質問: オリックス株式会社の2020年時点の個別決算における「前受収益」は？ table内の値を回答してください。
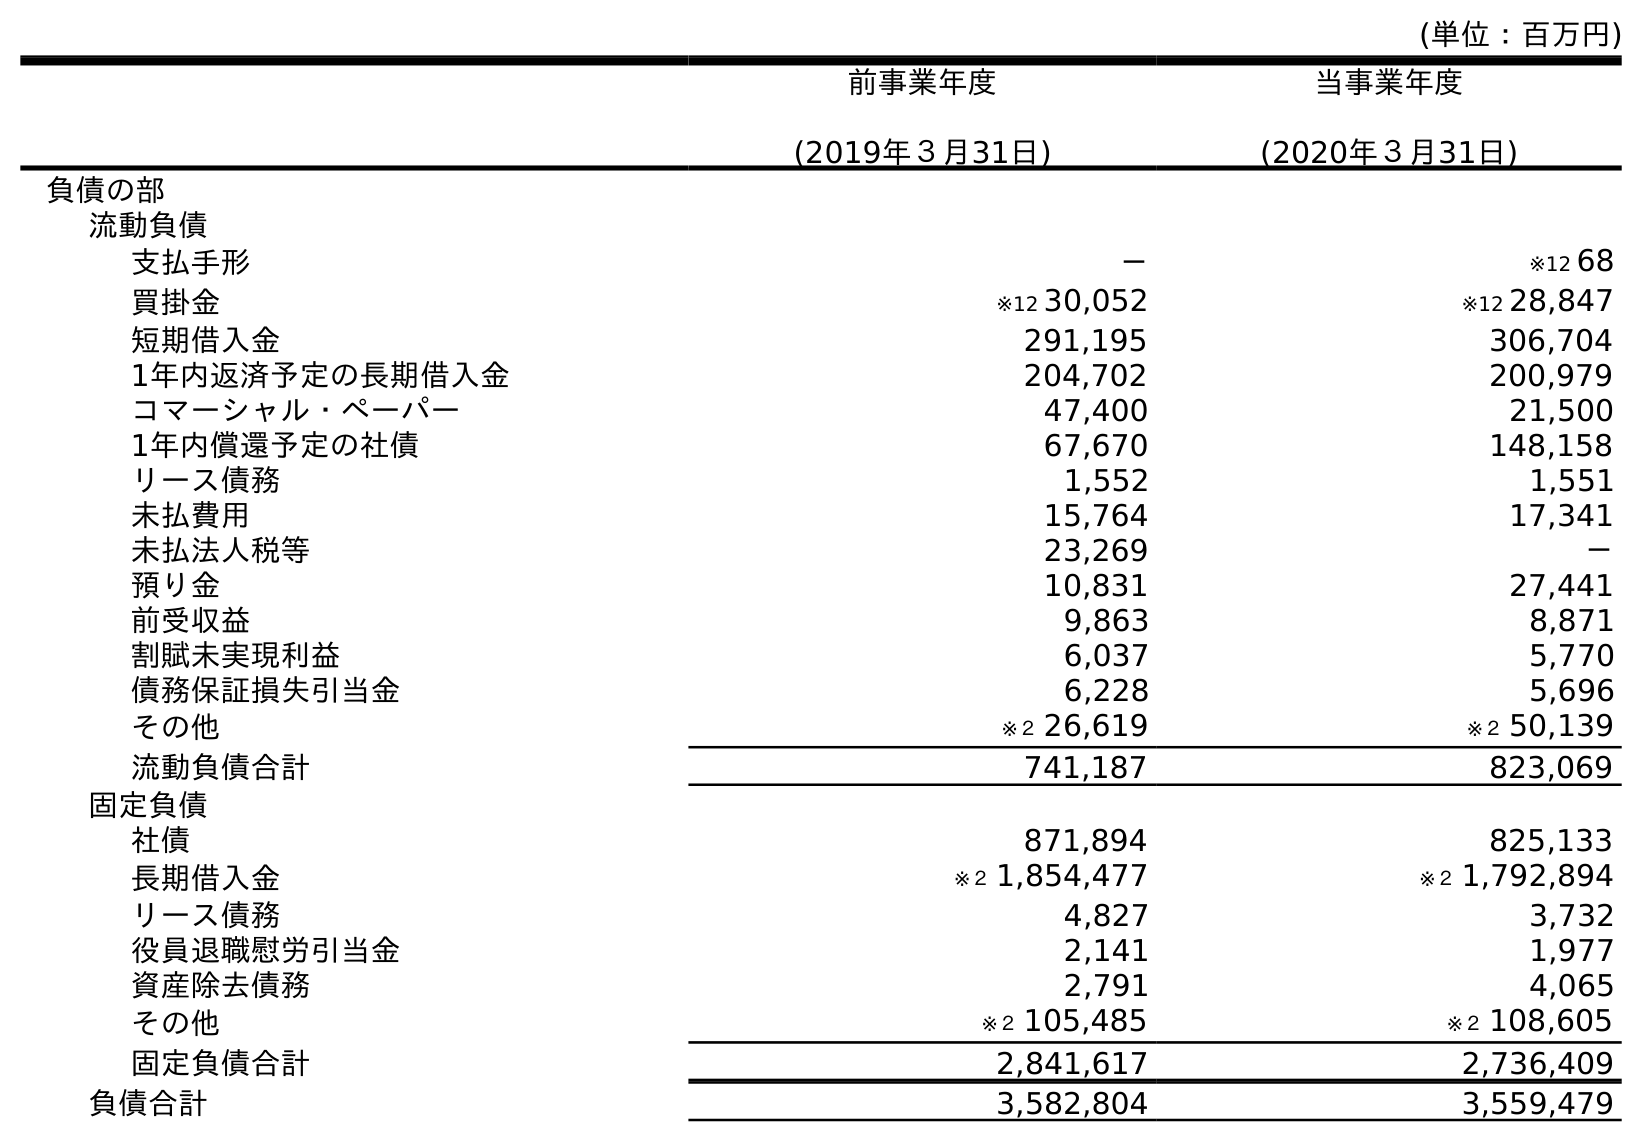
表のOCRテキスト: (単位：百万円) 前事業年度 (2019年３月31日) 当事業年度 (2020年３月31日) 負債の部 流動負債 支払手形 － ※12 68 買掛金 ※12 30,052 ※12 28,847 短期借入金 291,195 306,704 1年内返済予定の長期借入金 204,702 200,979 コマーシャル・ペーパー 47,400 21,500 1年内償還予定の社債 67,670 148,158 リース債務 1,552 1,551 未払費用 15,764 17,341 未払法人税等 23,269 － 預り金 10,831 27,441 前受収益 9,863 8,871 割賦未実現利益 6,037 5,770 債務保証損失引当金 6,228 5,696 その他 ※２ 26,619 ※２ 50,139 流動負債合計 741,187 823,069 固定負債 社債 871,894 825,133 長期借入金 ※２ 1,854,477 ※２ 1,792,894 リース債務 4,827 3,732 役員退職慰労引当金 2,141 1,977 資産除去債務 2,791 4,065 その他 ※２ 105,485 ※２ 108,605 固定負債合計 2,841,617 2,736,409 負債合計 3,582,804 3,559,479
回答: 8,871